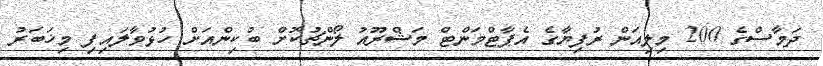
ދަމާސްގެ 200 މިލިއަން ރުފިޔާގެ އެޕާޓްމަންޓް މަޝްރޫއު ލޯންޗުކޮށް ބުކިންއަށް ހުޅުވާލައިފި މިޚަބަރު